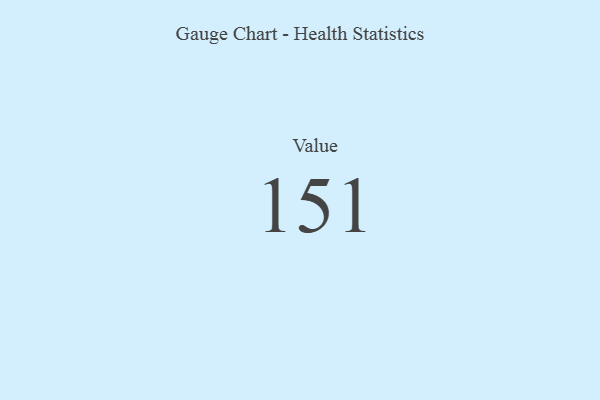
{"axis": {"x": "Metric", "y": "Value"}, "legend": [""], "data": [{"x": "Value", "y": 151, "type": ""}]}